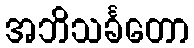
အဘိသင်္ခတော